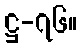
ဋ္ဌ-၇၆။